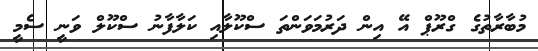
މުބާރާތުގެ ގްރޫޕް އޭ އިން ދަރުމަވަންތަ ސްކޫލާއި ކަލާފާނު ސްކޫލް ވަނީ ސެމީ